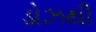
ડોઝથી